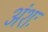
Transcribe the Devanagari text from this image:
अंशः